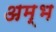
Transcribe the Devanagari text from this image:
अम्भ